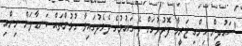
"ސައުދީން ހިންގި ޖަރީމާ ފޮރުވުމަށް ދެ ގައުމުގެ ދެމެދުގައިވާ ގުޅުންތައް ކަނޑާލަން ނިންމި